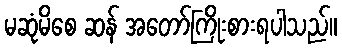
မဆုံမိစေ ဆန် အတော်ကြိုးစားရပါသည်။